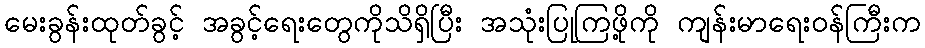
မေးခွန်းထုတ်ခွင့် အခွင့်ရေးတွေကိုသိရှိပြီး အသုံးပြုကြဖို့ကို ကျန်းမာရေးဝန်ကြီးက